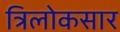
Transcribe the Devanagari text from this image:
त्रिलोकसार